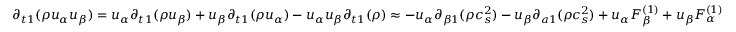
{ \partial _ { t 1 } } ( \rho { u _ { \alpha } } { u _ { \beta } } ) = { u _ { \alpha } } { \partial _ { t 1 } } ( \rho { u _ { \beta } } ) + { u _ { \beta } } { \partial _ { t 1 } } ( \rho { u _ { \alpha } } ) - { u _ { \alpha } } { u _ { \beta } } { \partial _ { t 1 } } ( \rho ) \approx - { u _ { \alpha } } { \partial _ { \beta 1 } } ( \rho c _ { s } ^ { 2 } ) - { u _ { \beta } } { \partial _ { a 1 } } ( \rho c _ { s } ^ { 2 } ) + { u _ { \alpha } } F _ { \beta } ^ { ( 1 ) } + { u _ { \beta } } F _ { \alpha } ^ { ( 1 ) }